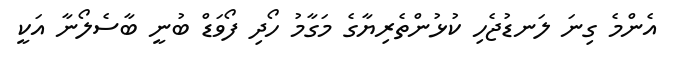
އެންމެ ގިނަ ލަނޑުޖެހި ކުޅުންތެރިޔާގެ މަގާމު ހޯދި ފޯވަޑް ބުނީ ބާސެލޯނާ އަކީ